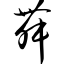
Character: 舞